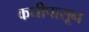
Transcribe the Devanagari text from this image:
कधीपासून